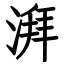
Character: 湃